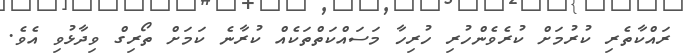
ރައްކާތެރި ކުރުމަށް ކުރެވެންހުރި ހުރިހާ މަސައްކަތްތަކެއް ކުރާނެ ކަމަށް ތޯރިގް ވިދާޅުވި އެވެ.